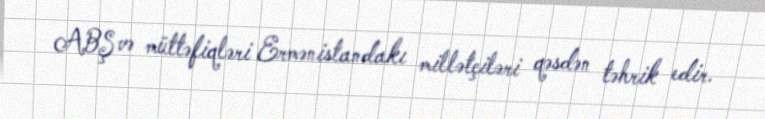
ABŞ və müttəfiqləri Ermənistandakı millətçiləri qəsdən təhrik edir.